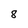
Character: 8